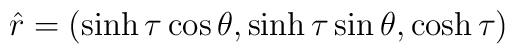
\hat{r}=(\sinh\tau\cos\theta,\sinh\tau\sin\theta,\cosh\tau)